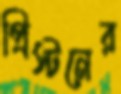
প্রিস্টনের